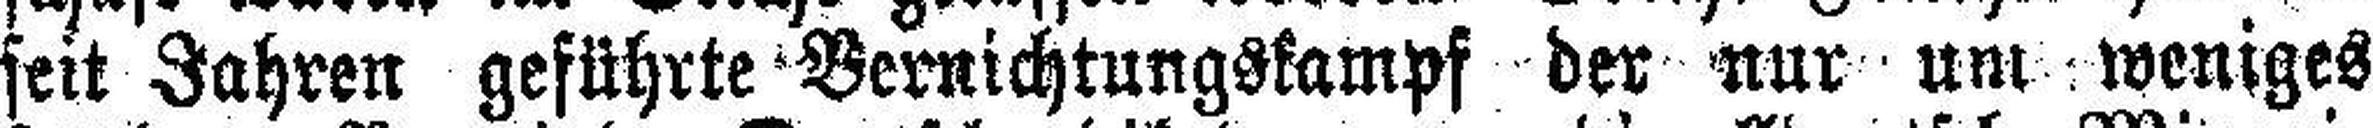
seit Jahren geführte Vernichtungskampf der nur um weniges